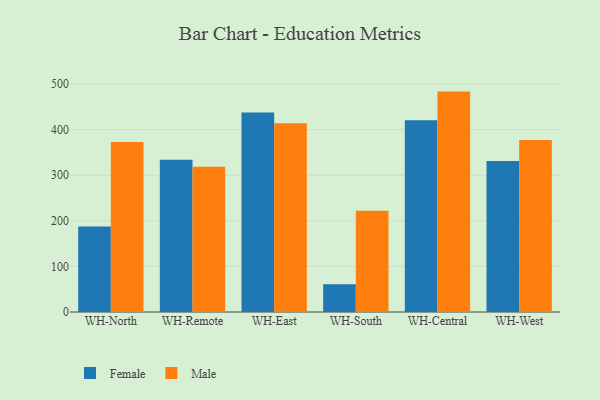
{"axis": {"x": "Warehouse", "y": "Backlog"}, "legend": ["Female", "Male"], "data": [{"x": "WH-North", "y": 187.5, "type": "Female"}, {"x": "WH-North", "y": 373.2, "type": "Male"}, {"x": "WH-Remote", "y": 334.2, "type": "Female"}, {"x": "WH-Remote", "y": 318.9, "type": "Male"}, {"x": "WH-East", "y": 437.8, "type": "Female"}, {"x": "WH-East", "y": 414.0, "type": "Male"}, {"x": "WH-South", "y": 60.8, "type": "Female"}, {"x": "WH-South", "y": 222.2, "type": "Male"}, {"x": "WH-Central", "y": 420.9, "type": "Female"}, {"x": "WH-Central", "y": 483.5, "type": "Male"}, {"x": "WH-West", "y": 331.4, "type": "Female"}, {"x": "WH-West", "y": 377.1, "type": "Male"}]}